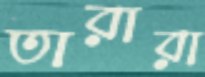
তারারা